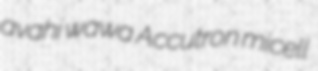
avahi wawa Accutron micell